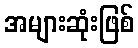
အများဆုံးဖြစ်